Civil Veterinary Department Bengal reports 1923-33 - 1923-1933
Year: 1923
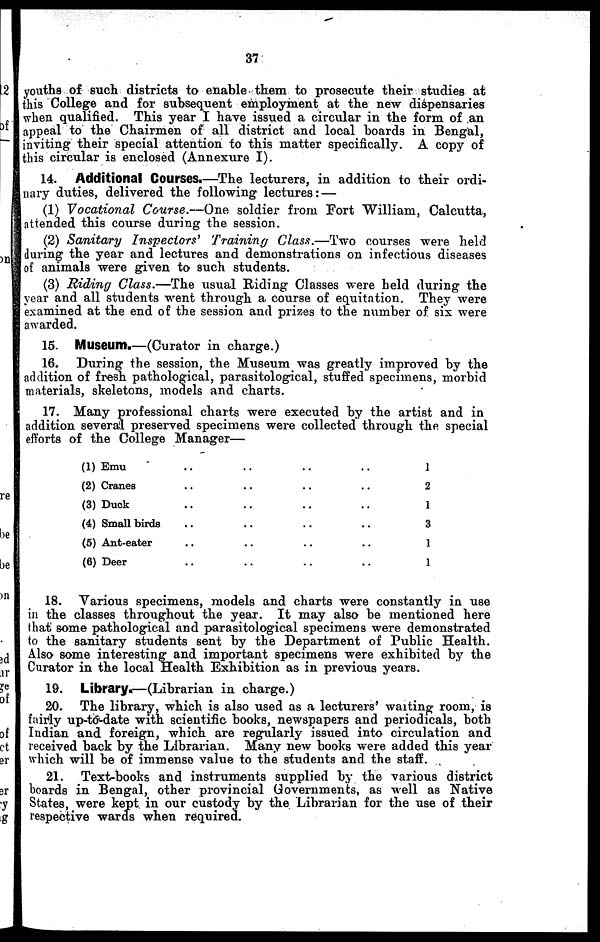
37
youths of such districts to enable them to prosecute their studies at
this College and for subsequent employment at the new dispensaries
when qualified. This year I have issued a circular in the form of an
appeal to the Chairmen of all district and local boards in Bengal,
inviting their special attention to this matter specifically. A copy of
this circular is enclosed (Annexure I).
14. Additional Courses.—The lecturers, in addition to their ordi-
nary duties, delivered the following lectures: —
(1) Vocational Course.—One soldier from Fort William, Calcutta,
attended this course during the session.
(2) Sanitary Inspectors'
Training Class.—Two courses were held
during the year and lectures and demonstrations on infectious diseases
of animals were given to such students.
(3) Riding Class.—The usual Riding Classes were held during the
year and all students went through a course of equitation. They were
examined at the end of the session and prizes to the number of six were
awarded.
15. Museum.—(Curator in charge.)
16. During the session, the Museum was greatly improved by the
addition of fresh pathological, parasitological, stuffed specimens, morbid
materials, skeletons, models and charts.
17. Many professional charts were executed by the artist and in
addition several preserved specimens were collected through the special
efforts of the College Manager—
(1) Emu .. .. .. ..
(2) Cranes .. .. .. ..
(3) Duck .. .. .. ..
(4) Small birds .. .. .. ..
(5) Ant-eater .. .. .. ..
(6) Deer .. .. .. ..
1
2
1
3
1
1
18. Various specimens, models and charts were constantly in use
in the classes throughout the year. It may also be mentioned here
that some pathological and parasitological specimens were demonstrated
to the sanitary students sent by the Department of Public Health.
Also some interesting and important specimens were exhibited by the
Curator in the local Health Exhibition as in previous years.
19. Library.—(Librarian in charge.)
20. The library, which is also used as a lecturers' waiting room, is
fairly up-to date with scientific books, newspapers and periodicals, both
Indian and foreign, which are regularly issued into circulation and
received back by the Librarian. Many new books were added this year
which will be of immense value to the students and the staff.
21. Text-books and instruments supplied by the various district
boards in Bengal, other provincial Governments, as well as Native
States, were kept in our custody by the Librarian for the use of their
respective wards when required.